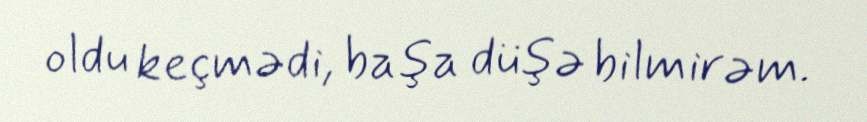
oldu keçmədi, başa düşə bilmirəm.